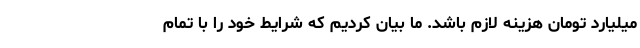
میلیارد تومان هزینه لازم باشد. ما بیان کردیم که شرایط خود را با تمام